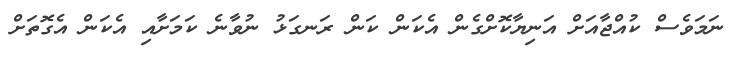
ނަމަވެސް ކުއްޖާއަށް އަނިޔާކޮށްގެން އެކަން ކަން ރަނގަޅު ނުވާނެ ކަމަށާއި އެކަން އެގޮތަށް